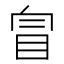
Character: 𥅉